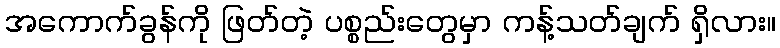
အကောက်ခွန်ကို ဖြတ်တဲ့ ပစ္စည်းတွေမှာ ကန့်သတ်ချက် ရှိလား။